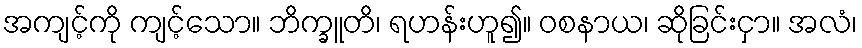
အကျင့်ကို ကျင့်သော။ ဘိက္ခူတိ၊ ရဟန်းဟူ၍။ ဝစနာယ၊ ဆိုခြင်းငှာ။ အလံ၊